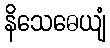
နိသေဓေယျံ